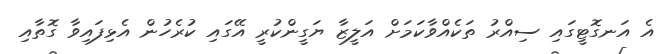
އެ އަނގޮޓީގައި ސިއްރު ތަކެއްވާކަމަށް އަލީޒާ ޔަގީންކުރީ އޭގައި ކުރެހުން އެޅިފައިވާ ގޮތާއި